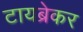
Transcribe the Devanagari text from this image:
टायब्रेकर